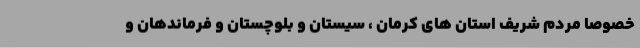
خصوصا مردم شریف استان های کرمان ، سیستان و بلوچستان و فرماندهان و